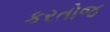
કરતોજ